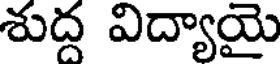
శుద్ద విద్యాయై